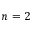
n = 2